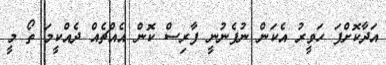
އަދާކޮށްފަ ހަވީރު އެކަން ނުފެނުނީ ފާރިސް ކޮން އެއްޗެއް ދެއްކީމަ ތޯ މީ